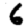
Digit: 6